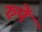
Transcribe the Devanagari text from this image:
रुपें